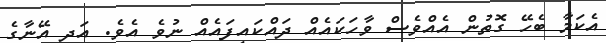
އެކަމާ ބެހޭ ގޮތުން އެއްވެސް ވާހަކައެއް ދައްކައިފައެއް ނުވެ އެވެ. އަދި އޭނާގެ